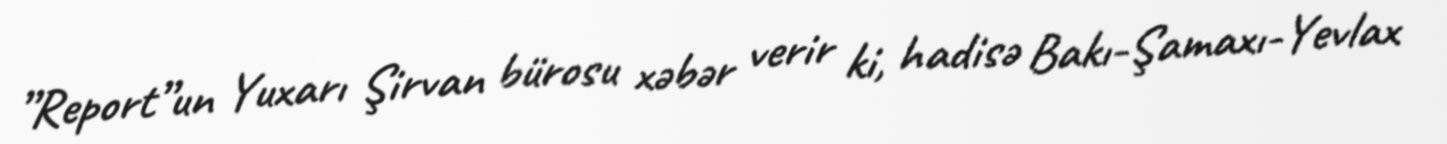
”Report”un Yuxarı Şirvan bürosu xəbər verir ki, hadisə Bakı-Şamaxı-Yevlax